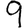
Digit: 9